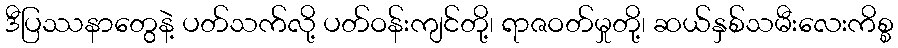
ဒီပြဿနာတွေနဲ့ ပတ်သက်လို့ ပတ်ဝန်းကျင်တို့၊ ရာဇဝတ်မှုတို့၊ ဆယ်နှစ်သမီးလေးကိစ္စ